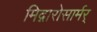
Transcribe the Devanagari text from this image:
मिद्गारोसार्मर्